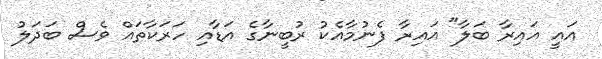
އައީ އައިރާ ބަލާ" އައިރާ ފެނުމާއެކު ރުބީނާގެ އަޑާއި ހަރަކާތައް ވެސް ބަދަލު